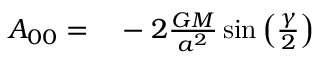
\begin{array} { r l } { A _ { 0 0 } = } & { { } - 2 \frac { G M } { a ^ { 2 } } \sin \left( \frac { \gamma } { 2 } \right) } \end{array}